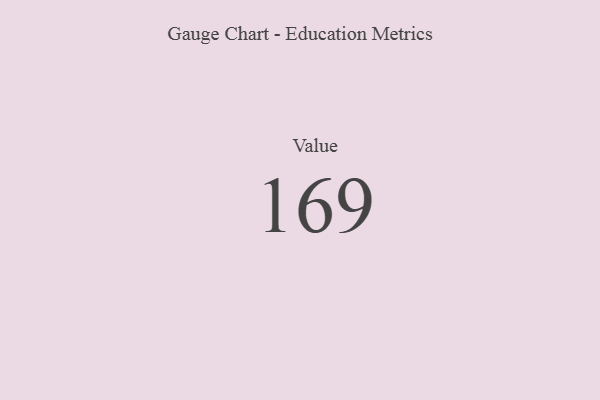
{"axis": {"x": "Metric", "y": "Value"}, "legend": [""], "data": [{"x": "Value", "y": 169, "type": ""}]}